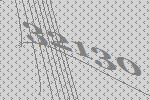
32130